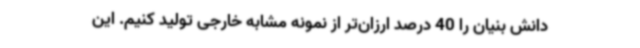
دانش بنیان را 40 درصد ارزان‌تر از نمونه مشابه خارجی تولید کنیم. این